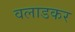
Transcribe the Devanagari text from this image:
वलाडकर